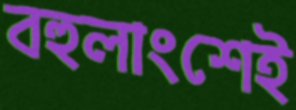
বহুলাংশেই